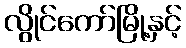
လွိုင်ကော်မြို့နှင့်